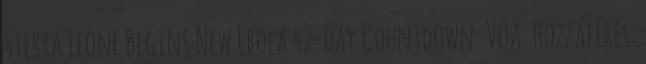
Sierra Leone Begins New Ebola 42-day Countdown. VOA. Hozzáférés: